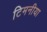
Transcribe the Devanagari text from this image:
टिमनीया